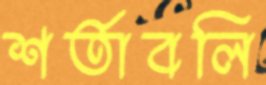
শর্তাবলি